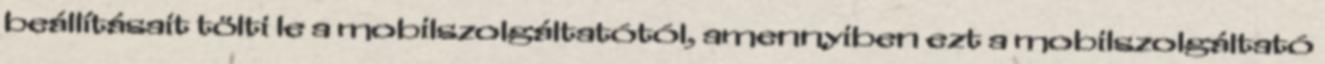
beállításait tölti le a mobilszolgáltatótól, amennyiben ezt a mobilszolgáltató